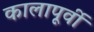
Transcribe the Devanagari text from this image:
कालापूर्वी